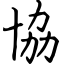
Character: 協